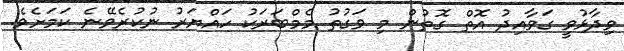
ވިދާޅުވީ ގަވާއިދު އޮތް ގޮތުން މި ވަގުތު މެމްބަރަކު ހައްޔަރު ނުކުރެވޭނެ ކަމަށެވެ.